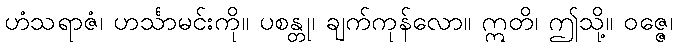
ဟံသရာဇံ၊ ဟင်္သာမင်းကို။ ပစန္တု၊ ချက်ကုန်လော။ ဣတိ၊ ဤသို့။ ဝဇ္ဇေ၊